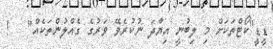
ޑީޑީ"ކޯޓްތަކަށް މި ލިބުނީ އިޔާދަ ނުކުރެވޭ ވަރުގެ ގެއްލުންތަކެއް"   !